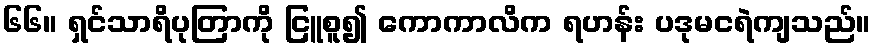
၆၆။ ရှင်သာရိပုတြာကို ငြူစူ၍ ကောကာလိက ရဟန်း ပဒုမငရဲကျသည်။